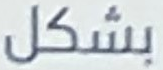
بشكل